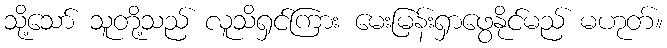
သို့သော် သူတို့သည် လူသိရှင်ကြား မေးမြန်းရှာဖွေနိုင်မည် မဟုတ်။